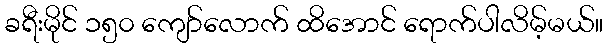
ခရီးမိုင် ၁၅၀ ကျော်လောက် ထိအောင် ရောက်ပါလိမ့်မယ်။